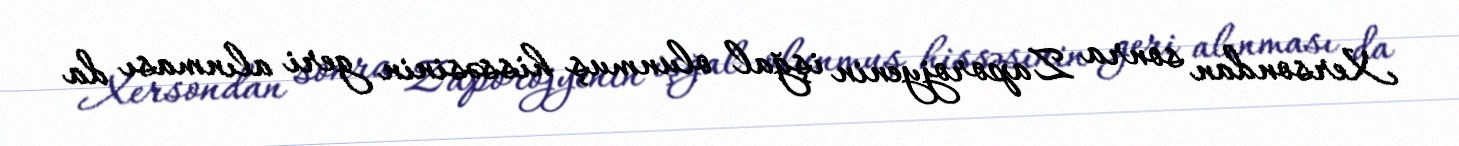
Xersondan sonra Zaporojyenin işğal olunmuş hissəsinin geri alınması da